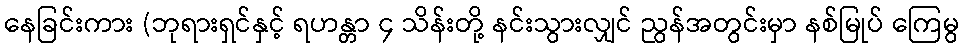
နေခြင်းကား (ဘုရားရှင်နှင့် ရဟန္တာ ၄ သိန်းတို့ နင်းသွားလျှင် ညွန်အတွင်းမှာ နစ်မြုပ် ကြေမွ